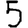
Digit: 5